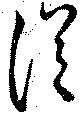
從